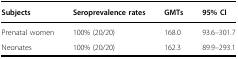
| Subjects | Seroprevalence rates | GMTs | 95% CI |
 | --- | --- | --- | --- |
 | Prenatal women | 100% (20/20) | 168.0 | 93.6–301.7 |
 | Neonates | 100% (20/20) | 162.3 | 89.9–293.1 |